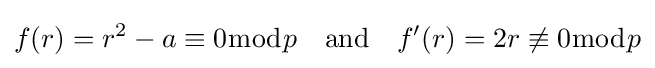
f(r)=r^{2}-a\equiv 0{\bmod {p}}\quad {\text{and}}\quad f'(r)=2r\not \equiv 0{\bmod {p}}